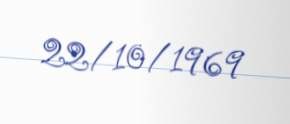
22/10/1969